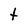
Character: t